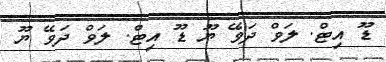
ޑޫ އިޓް. ލަވް ދަވޭ ޔޫ ޑޫ އިޓް. ލަވް ދަވޭ ޔޫ